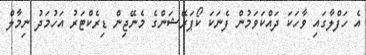
އެ ހަފްލާގައި ވާހަކަ ދައްކަވަމުން ފެނަކަ ކޯޕަރޭޝަންގެ މެނޭޖިން ޑިރެކްޓަރު އަހުމަދު ނިމާލް